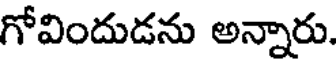
గోవిందుడను అన్నారు.